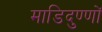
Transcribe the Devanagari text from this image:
माडिदुण्णों